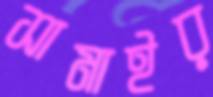
সামাইর